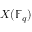
X ( \mathbb { F } _ { q } )